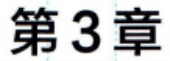
第3章